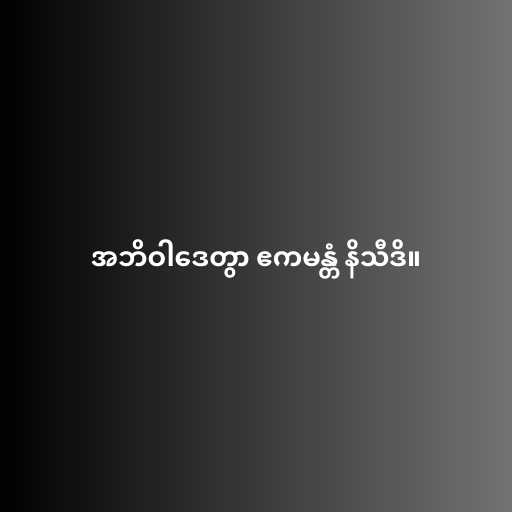
အဘိဝါဒေတွာ ဧကမန္တံ နိသီဒိ။